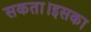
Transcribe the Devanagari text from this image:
सकता।इसका